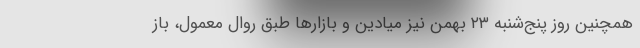
همچنین روز پنج‌شنبه ۲۳ بهمن نیز میادین و بازارها طبق روال معمول، باز